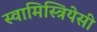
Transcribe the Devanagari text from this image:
स्वामिस्त्रियेसी